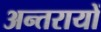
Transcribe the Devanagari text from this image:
अन्तरायों